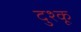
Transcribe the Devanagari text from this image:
दुश्कू